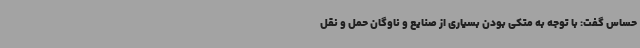
حساس گفت: با توجه به متکی بودن بسیاری از صنایع و ناوگان حمل و نقل